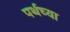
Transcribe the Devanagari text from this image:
पर्थच्या